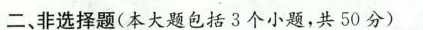
二、非选择题(本大题包括3个小题，共50分)